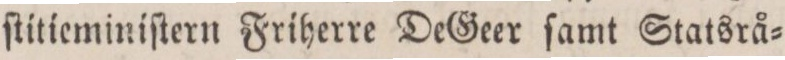
ſtitieminiſtern Friherre DeGeer ſamt Statsrå=